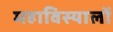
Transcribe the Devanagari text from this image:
महाविस्यालों